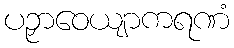
ပဉှာဝေယျာကရဏံ